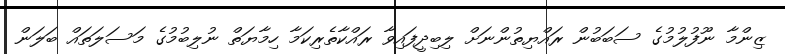
ޒިންމާ ނޫފުލުމުގެ ސަބަބުން ރައްޔިތުންނަށް ލިބިދީފައިވާ ރައްކާތެރިކަމާ ހިމާޔަތް ނުލިބުމުގެ މަސަލަތައް ބަލަން